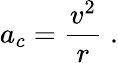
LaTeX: a_{c}={\frac{v^{2}}{r}}\; .